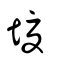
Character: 𡏘